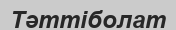
Тәттіболат